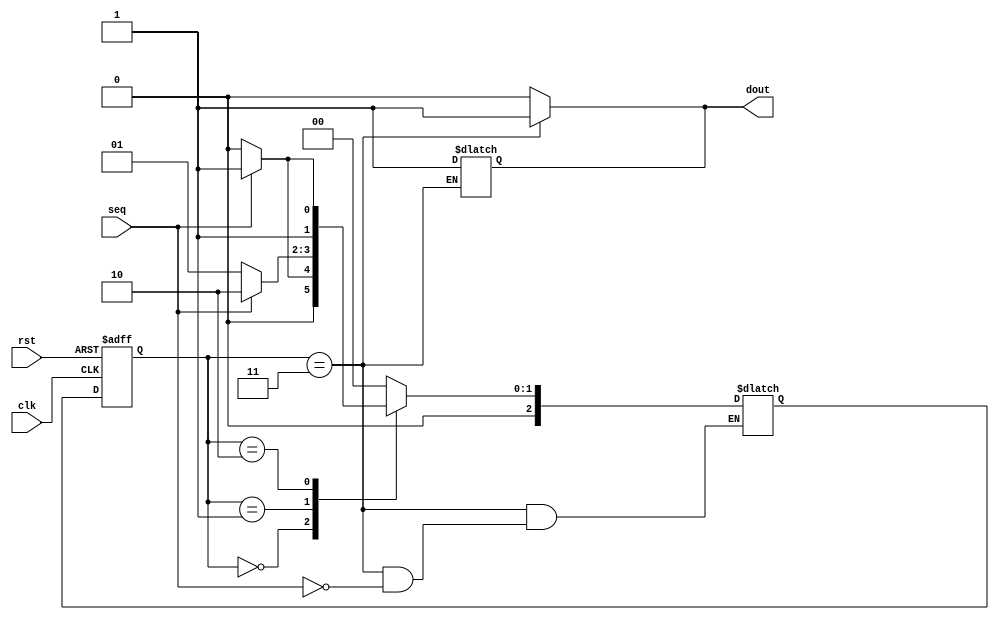
`timescale 1ns / 1ps
//////////////////////////////////////////////////////////////////////////////////
// Company: 
// Engineer: 
// 
// Design Name: 
// Module Name:    FSM1 
// Project Name: 
// Target Devices: 
// Tool versions: 
// Description: 
//
// Dependencies: 
//
// Revision: 
// Revision 0.01 - File Created
// Additional Comments: 
//
//////////////////////////////////////////////////////////////////////////////////

//20L118 HARIHARAN R R
module FSM1(seq,clk,rst,dout);
input clk,rst,seq;
output reg dout;
parameter A=2'b00;
parameter B=2'b01;
parameter C=2'b10;
parameter D=2'b11;
reg[2:0]current,next;
always @(posedge clk,posedge rst)
begin
if(rst)
current=1'b0;
else
current=next;
end
always @(current,seq)
begin
case(current)
A:begin
if(seq)
next=B;
else
next=A;
end
B:begin
if(seq)
next=C;
else
next=B;
end
C:begin
if(seq)
next=D;
else
next=C;
end
D:begin
if(seq)
next=A;
 dout=1'b1;
end
default:next=A;
endcase
end
always @(current)
begin 
 case(current) 
 A:   dout = 0;
 B:   dout = 0;
 C:  dout = 0;
 D:  dout = 1;
 default:  dout = 0;
 endcase
end 
endmodule